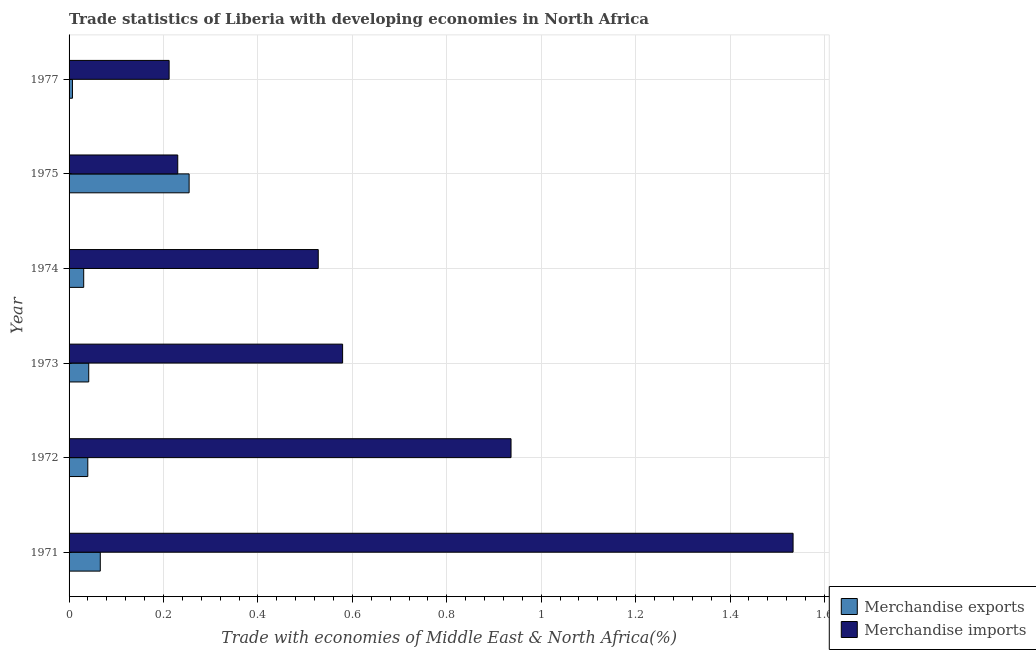
| Year | Merchandise exports | Merchandise imports |
 | --- | --- | --- |
 | 1971 | 0.0661 | 1.53 |
 | 1972 | 0.0397 | 0.936 |
 | 1973 | 0.0417 | 0.579 |
 | 1974 | 0.031 | 0.528 |
 | 1975 | 0.254 | 0.23 |
 | 1977 | 0.00716 | 0.212 |